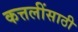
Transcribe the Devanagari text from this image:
कत्तलींसाठी